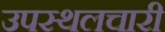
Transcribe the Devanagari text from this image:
उपस्थलचारी